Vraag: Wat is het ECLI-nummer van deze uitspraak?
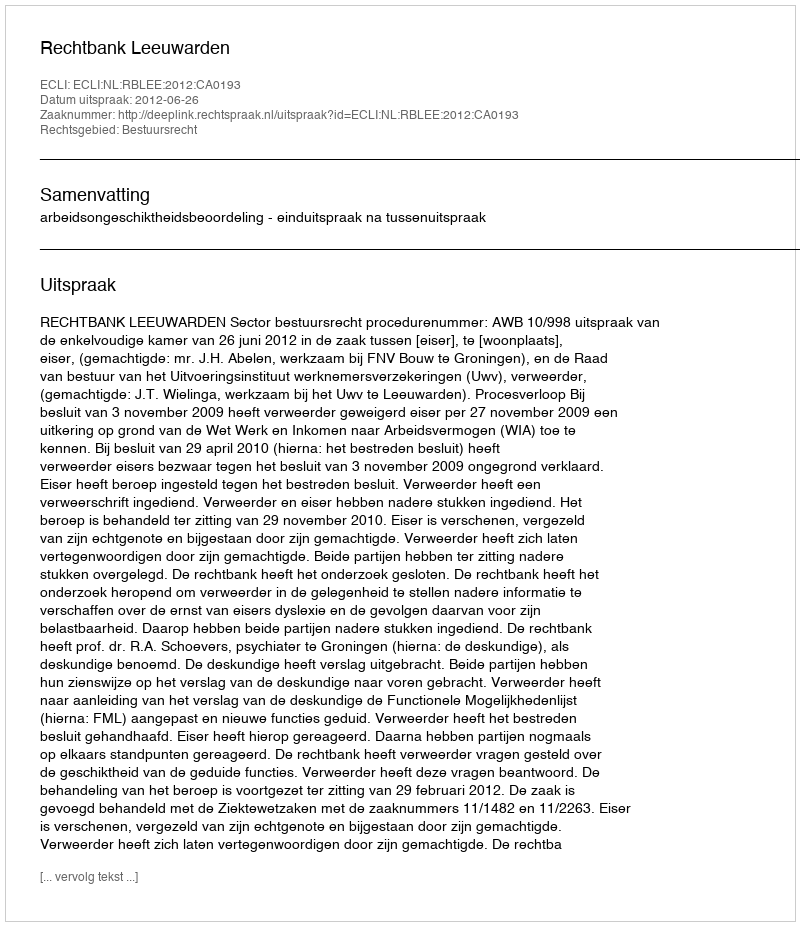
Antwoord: ECLI:NL:RBLEE:2012:CA0193